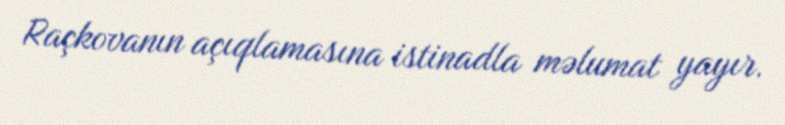
Raçkovanın açıqlamasına istinadla məlumat yayır.